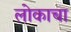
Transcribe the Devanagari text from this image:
लोकाचा